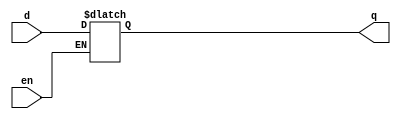
module d_latch (input d,input en,output reg q);      

   // This always block is "always" triggered whenever en/rstn/d changes  
   // If reset is asserted, then the output will be zero   
   // Else as long as enable is high, output q follows input d  
  
   always @ (en /*or rstn*/ or d)  
      /*if (!rstn)  
         q <= 0;  
      else  */
         if (en)  
            q <= d;  
endmodule
 
module RisingEdge_DFlipFlop(D,clk,Q);
input D; // Data input 
input clk; // clock input 
output reg Q; // output Q 
always @(posedge clk) 
begin
 Q <= D; 
end 
endmodule

module tristate_buffer(input_x, enable, output_x);

input input_x;

input enable;

output output_x;

assign output_x = enable? input_x : 'bz;

endmodule
module buffer(input_x, output_x);

input input_x;
output output_x;

assign output_x = input_x;

endmodule

module P(en,wval,outset,  val,rval,outread);
input en,wval,outset;
output val,rval,outread;
wire wire1,val,wire2,outread;
//RisingEdge_DFlipFlop f1(.D(wval),.clk(clk),.Q(wire1));
d_latch l1( .d(wval),.en(en)/*,.rstn(1)*/,.q(wire1));
tristate_buffer tb1(.input_x(wire1), .enable(outset), .output_x(val));
buffer b1(.output_x(wire2),.input_x(val));
//RisingEdge_DFlipFlop f2(.D(wire2),.clk(clk),.Q(rval));
d_latch l2( .d(wire2),.en(en)/*,.rstn(1)*/,.q(rval));

endmodule
module GPIOpins(en,wval,outset,  val,rval,outread);
input en;
input[7:0] wval,outset;
output[7:0] rval,val,outread;
assign outread = outset;

P p0(.en(en),.wval(wval[0]),.outset(outset[0]),  .val(val[0]),.rval(rval[0]),.outread(outread[0]));
P p1(.en(en),.wval(wval[1]),.outset(outset[1]),  .val(val[1]),.rval(rval[1]),.outread(outread[1]));
P p2(.en(en),.wval(wval[2]),.outset(outset[2]),  .val(val[2]),.rval(rval[2]),.outread(outread[2]));
P p3(.en(en),.wval(wval[3]),.outset(outset[3]),  .val(val[3]),.rval(rval[3]),.outread(outread[3]));
P p4(.en(en),.wval(wval[4]),.outset(outset[4]),  .val(val[4]),.rval(rval[4]),.outread(outread[4]));
P p5(.en(en),.wval(wval[5]),.outset(outset[5]),  .val(val[5]),.rval(rval[5]),.outread(outread[5]));
P p6(.en(en),.wval(wval[6]),.outset(outset[6]),  .val(val[6]),.rval(rval[6]),.outread(outread[6]));
P p7(.en(en),.wval(wval[7]),.outset(outset[7]),  .val(val[7]),.rval(rval[7]),.outread(outread[7]));
endmodule
module pinsInterfaceModule(writeData,writeDirection,readData,readDirection, select,writeEnable,inputData,outputData);
  input [7:0] readData,readDirection,inputData;
  input select,writeEnable;
  output reg [7:0] writeData,writeDirection,outputData;
  always @(readData,readDirection,select,writeEnable,inputData) begin
    case (select)//reading
      1'b0: begin//data
        outputData <= readData;
      end
      1'b1: begin//direction
        outputData <= readDirection;
      end
    endcase
    case ({writeEnable,select})//writing
      2'b00: begin//no writing
        //nop
      end
      2'b01: begin//no writing
        //nop
      end
      2'b10: begin//writing data
        writeData <= inputData;
      end
      2'b11: begin//writing direction
        writeDirection <= inputData;
      end
    endcase
  end
  
endmodule

module GPIO(writeData,wen,sel,  readData,pins);
input [7:0] writeData;
input wen,sel;

output [7:0] pins;
output [7:0] readData;

wire [7:0] wvalWire, outsetWire,valWire,rvalWire,outreadWire;



GPIOpins pinsModule(.en(1'b1),.val(pins),/*from here*/ /*set data*/.wval(wvalWire),/*set direction*/.outset(outsetWire),  /*read data*/.rval(rvalWire),/*read direction*/.outread(outreadWire));
pinsInterfaceModule pi(.writeData(wvalWire),.writeDirection(outsetWire),.readData(rvalWire),.readDirection(outreadWire), .select(sel),.writeEnable(wen),.inputData(writeData),.outputData(readData));

endmodule

module APBGPIOInterface(PCLK,PRESETn,PSEL,PENABLE,PWRITE,PADDR,PWDATA,PRDATA1,PREADY,writeData,wen,sel,readData);
input wire PWRITE,PRESETn,PCLK,PSEL,PENABLE;//bottom

//left
input wire [7:0] PWDATA,PADDR;
output reg[7:0] PRDATA1;
output reg PREADY;

//right
output reg [7:0] writeData;
output reg wen,sel;
input wire[7:0] readData;

always @(posedge PCLK,PRESETn) begin
    if (PRESETn == 0) begin//reset disabled
        if(PSEL == 1)begin//if device selected
        PREADY = 1'b1;
        if(PENABLE == 1'b1)begin //if enabled
            if(PWRITE == 1'b1)begin//if enabled and write enabled
                wen =1'b1;//enable write
                if(PADDR == 8'b00000000)begin//if data reg selected
                    sel = 1'b0;
                end else if(PADDR == 8'b00000001)begin//if direction reg selected
                    sel = 1'b1;
                end else begin

                end
                writeData = PWDATA;

            end else begin // if enabled and read enabled
                wen = 1'b0;//disable write
                if(PADDR == 8'b00000000)begin//if data reg selected
                    sel = 1'b0;
                end else if(PADDR == 8'b00000001)begin//if direction reg selected
                    sel = 1'b1;
                end
                PRDATA1 = readData;

            end
        end else begin//if disabled

        end
    end else begin//if device is not selected
        
    end
    end else begin//reset enabled
        wen = 1'b1;
        sel = 1'b1;
        #1
        writeData = 8'b00000000;
        #1
        sel = 1'b0;
        writeData = 8'b00000000;
        wen = 1'b0;
    end
    
    
end
endmodule
module clockGen(clk);
output reg clk;
initial
	clk = 0;
always
	#10 clk = ~clk;

endmodule

module GPIOAPB(/*PCLK*/PRESETn,PSEL,PENABLE,PWRITE,PADDR,PWDATA,PRDATA1,PREADY,pins);

input wire PWRITE,PRESETn,/*PCLK,*/PSEL,PENABLE;//buttom

output wire [7:0] pins;//right

//left
input wire [7:0] PWDATA,PADDR;
output wire [7:0] PRDATA1; //wireeeeeeeeeee
output wire PREADY;
//internal wires
wire [0:7] writeData,readData;
wire wen,sel;
//test
wire PCLK;

//instantiation
GPIO g(.writeData(writeData),.wen(wen),.sel(sel),.readData(readData),.pins(pins));
APBGPIOInterface a(.PCLK(PCLK),.PRESETn(PRESETn),.PSEL(Psel),.PENABLE(PENABLE),.PWRITE(PWRITE),.PADDR(PADDR),.PWDATA(PWDATA),.PRDATA1(PRDATA1),.PREADY(PREADY),.writeData(writeData),.wen(wen),.sel(sel),.readData(readData));
clockGen c(clk);
//GPIO g(.writeData(writeData),.wen(wen),.sel(sel),  .readData(readData),.pins(pins));

//slave1 s(.PCLK(),PRESETn(),.PSEL(),.PENABLE(),.PWRITE(),.PADDR(),.PWDATA(),.PRDATA1(),.PREADY())
endmodule

module GPIOTestbenchOut(pins,readData);
//inputs reg
reg [7:0] writeData;
reg wen,sel;
output wire [7:0] pins;
output wire [7:0] readData;
GPIO g(.writeData(writeData),.wen(wen),.sel(sel),  .readData(readData),.pins(pins));


initial begin
    //writing and reading data
    wen = 1; //enable writing
    sel = 1; //select direction control register
    #100
    writeData = 8'b11111111; //setting all pins as outputs
    #100
    
    
    sel = 0; //selecting data register
    writeData = 8'b00000000; //setting all ouput pins as output low (test case 1)
    #100
    writeData = 8'b10101010; //test case 2
    #100
    writeData = 8'b01010101; // test case 3
    #100
    writeData = 8'b11111111; // test case 4
    #100
    wen = 0; //disable writing
    #100
    //trying to write to both registers while disable writing to test  
    writeData = 8'b00000000;
    sel = 0;
    #100
    writeData = 8'b00000000;
    sel = 1;
    //reading data


end

endmodule

module GPIOTestbenchIn(pins,readData);
//inputs reg
reg [7:0] writeData;
reg wen,sel;
output wire [7:0] pins;
output wire [7:0] readData;
reg isInput;
GPIO g(.writeData(writeData),.wen(wen),.sel(sel),  .readData(readData),.pins(pins));
reg [7:0] setPins;
tristate_buffer tsb0(.input_x(setPins[0]), .enable(isInput), .output_x(pins[0]));
tristate_buffer tsb1(.input_x(setPins[1]), .enable(isInput), .output_x(pins[1]));
tristate_buffer tsb2(.input_x(setPins[2]), .enable(isInput), .output_x(pins[2]));
tristate_buffer tsb3(.input_x(setPins[3]), .enable(isInput), .output_x(pins[3]));
tristate_buffer tsb4(.input_x(setPins[4]), .enable(isInput), .output_x(pins[4]));
tristate_buffer tsb5(.input_x(setPins[5]), .enable(isInput), .output_x(pins[5]));
tristate_buffer tsb6(.input_x(setPins[6]), .enable(isInput), .output_x(pins[6]));
tristate_buffer tsb7(.input_x(setPins[7]), .enable(isInput), .output_x(pins[7]));
initial begin
    //writing and reading data
    isInput = 1;
    wen = 1; //enable writing
    sel = 1; //select direction control register
    #100
    writeData = 8'b00000000; //setting all pins as outputs
    #100
    
    
    sel = 0; //selecting data register
    writeData = 8'b00000000; //setting all ouput pins as output low (test case 1)
    #100
    writeData = 8'b10101010; //test case 2
    #100
    setPins =   8'b10101010;
    writeData = 8'b01010101; // test case 3
    #100
    setPins =   8'b00000000;
    writeData = 8'b11111111; // test case 4
    #100
    wen = 0; //disable writing
    #100
    //trying to write to both registers while disable writing to test  
    writeData = 8'b00000000;
    sel = 0;
    #100
    writeData = 8'b00000000;
    sel = 1;
    //reading data


end

endmodule